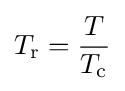
T_{\text{r}}={\frac {T}{T_{\text{c}}}}